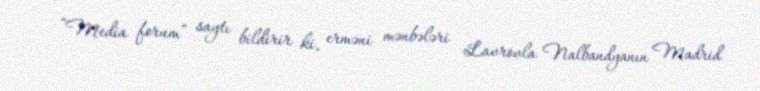
“Media forum” saytı bildirir ki, erməni mənbələri Lavrovla Nalbandyanın Madrid